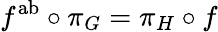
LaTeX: f^{\mathrm{ab}}\circ\pi_{G}=\pi_{H}\circ f